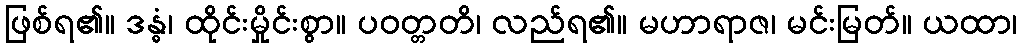
ဖြစ်ရ၏။ ဒန္ဓံ၊ ထိုင်းမှိုင်းစွာ။ ပဝတ္တတိ၊ လည်ရ၏။ မဟာရာဇ၊ မင်းမြတ်။ ယထာ၊